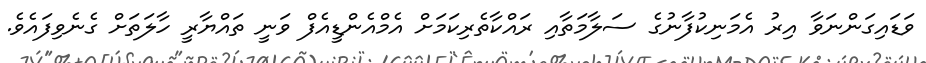
ވަޑައިގަންނަވާ އިރު އެމަނިކުފާނުގެ ސަލާމަތާއި ރައްކާތެރިކަމަށް އެމްއެންޑީއެފް ވަނީ ތައްޔާރީ ހާލަތަށް ގެނެވިފައެވެ.